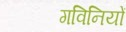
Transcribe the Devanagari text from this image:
गविनियों